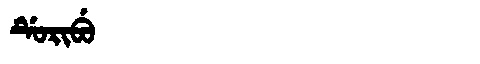
Manchu: ᡩᡠᡵᡳᠪᡠ
Romanization: DURIBU